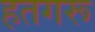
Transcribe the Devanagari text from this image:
हतगरू